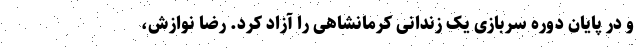
و در پایان دوره سربازی یک زندانی کرمانشاهی را آزاد کرد. رضا نوازش،